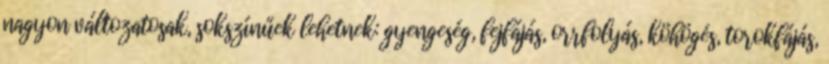
nagyon változatosak, sokszínűek lehetnek: gyengeség, fejfájás, orrfolyás, köhögés, torokfájás,